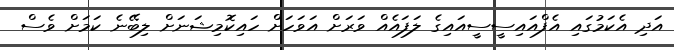
އަދި އެކަމުގައި އެފްއައިސީސީއައިގެ ލަފައެއް ވަރަށް އަވަހަށް ހައިކޮމިޝަނަށް ލިބޭނެ ކަމަށް ވެސް